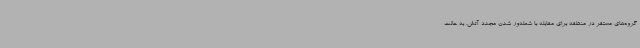
گروه‌های مستقر در منطقه برای مقابله با شعله‌ور شدن مجدد آتش، به حالت